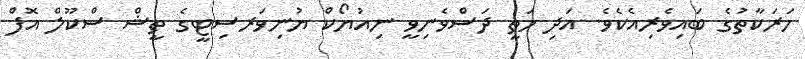
ހަރަކާތުގެ ބައިވެރިއެކެވެ. އަދި މަތީ ދަސްވެނިވީ ނިއުޔޯކް ޔުނިވަރސިޓީގެ ތީޝް ސްކޫލް އޮފް